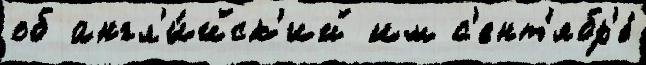
об англ'и́йск'ий им с'ент'ябр'е́